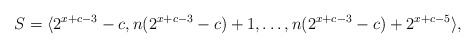
\begin{align*}S = \langle 2^{x+c-3}-c,n(2^{x+c-3}-c)+1,\ldots,n(2^{x+c-3}-c)+2^{x+c-5}\rangle,\end{align*}